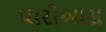
પારીઆસ